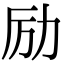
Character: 励